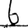
Digit: 6